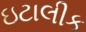
ઇટાલીક